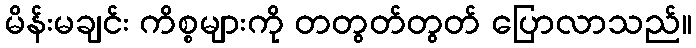
မိန်းမချင်း ကိစ္စများကို တတွတ်တွတ် ပြောလာသည်။